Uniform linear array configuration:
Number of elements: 8
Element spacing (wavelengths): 1
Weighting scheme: hamming
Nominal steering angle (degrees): -15
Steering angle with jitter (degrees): -16.328
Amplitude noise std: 0.05
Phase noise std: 0.05

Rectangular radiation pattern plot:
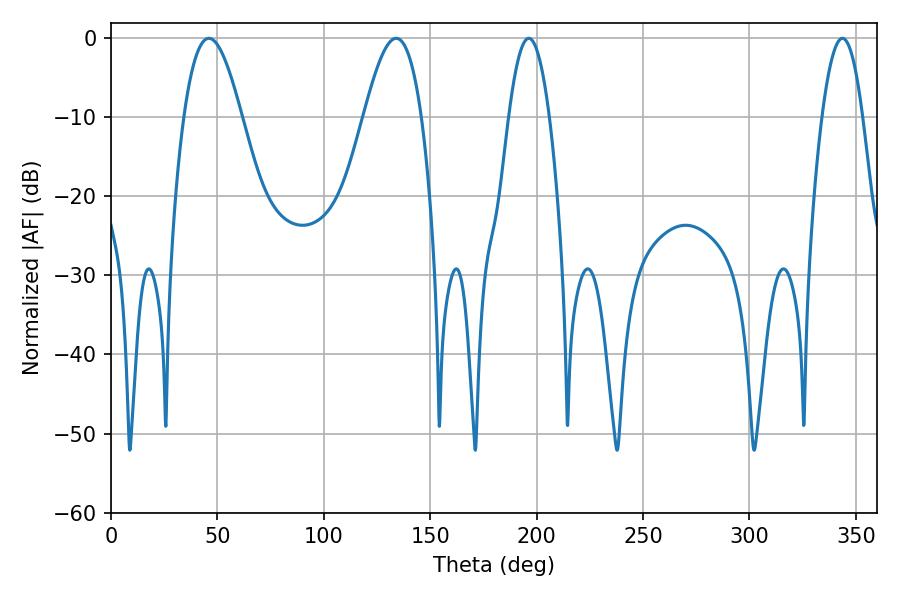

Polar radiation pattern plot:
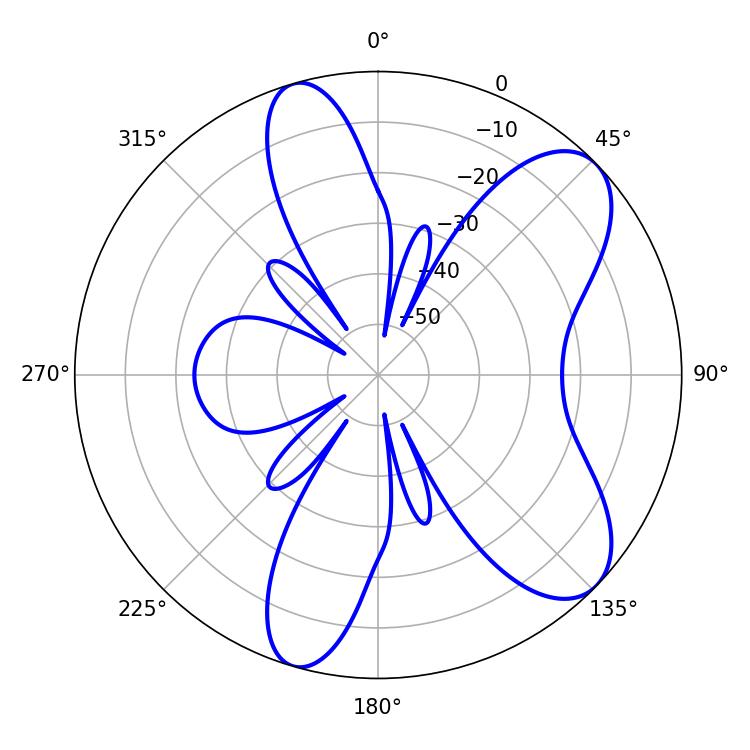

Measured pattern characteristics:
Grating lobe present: TRUE
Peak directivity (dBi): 8.252
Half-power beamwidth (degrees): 14.58
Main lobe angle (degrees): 45.9